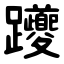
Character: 躨